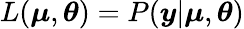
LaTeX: L(\boldsymbol{\mu},\boldsymbol{\theta})=P(\boldsymbol{y}|\boldsymbol{\mu},\boldsymbol{\theta})